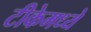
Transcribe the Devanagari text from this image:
टीकेमध्ये